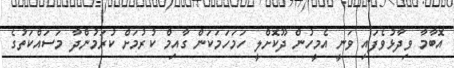
އޮބާމާ ވިދާޅުވެފައި ވަނީ އެމީހުން ދޫކޮށްލީ ހަމަހަމަކަން ގާއިމް ކުރުމަށް ކުރަމުންދާ މަސައްކަތުގެ